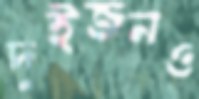
দুইজনও